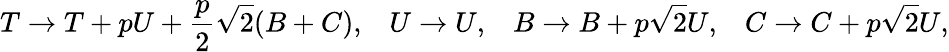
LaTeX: T\rightarrow T+pU+\frac{p}{2}\sqrt{2}(B+C),\; \; \; U\rightarrow U,\; \; \; B\rightarrow B+p\sqrt{2}U,\; \; \; C\rightarrow C+p\sqrt{2}U,